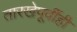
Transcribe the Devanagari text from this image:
तारखेपूर्वीही